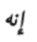
إنه